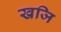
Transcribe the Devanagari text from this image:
खजि